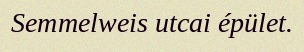
Semmelweis utcai épület.